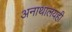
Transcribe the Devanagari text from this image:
अनाथालयही